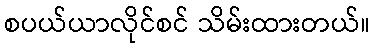
စပယ်ယာလိုင်စင် သိမ်းထားတယ်။